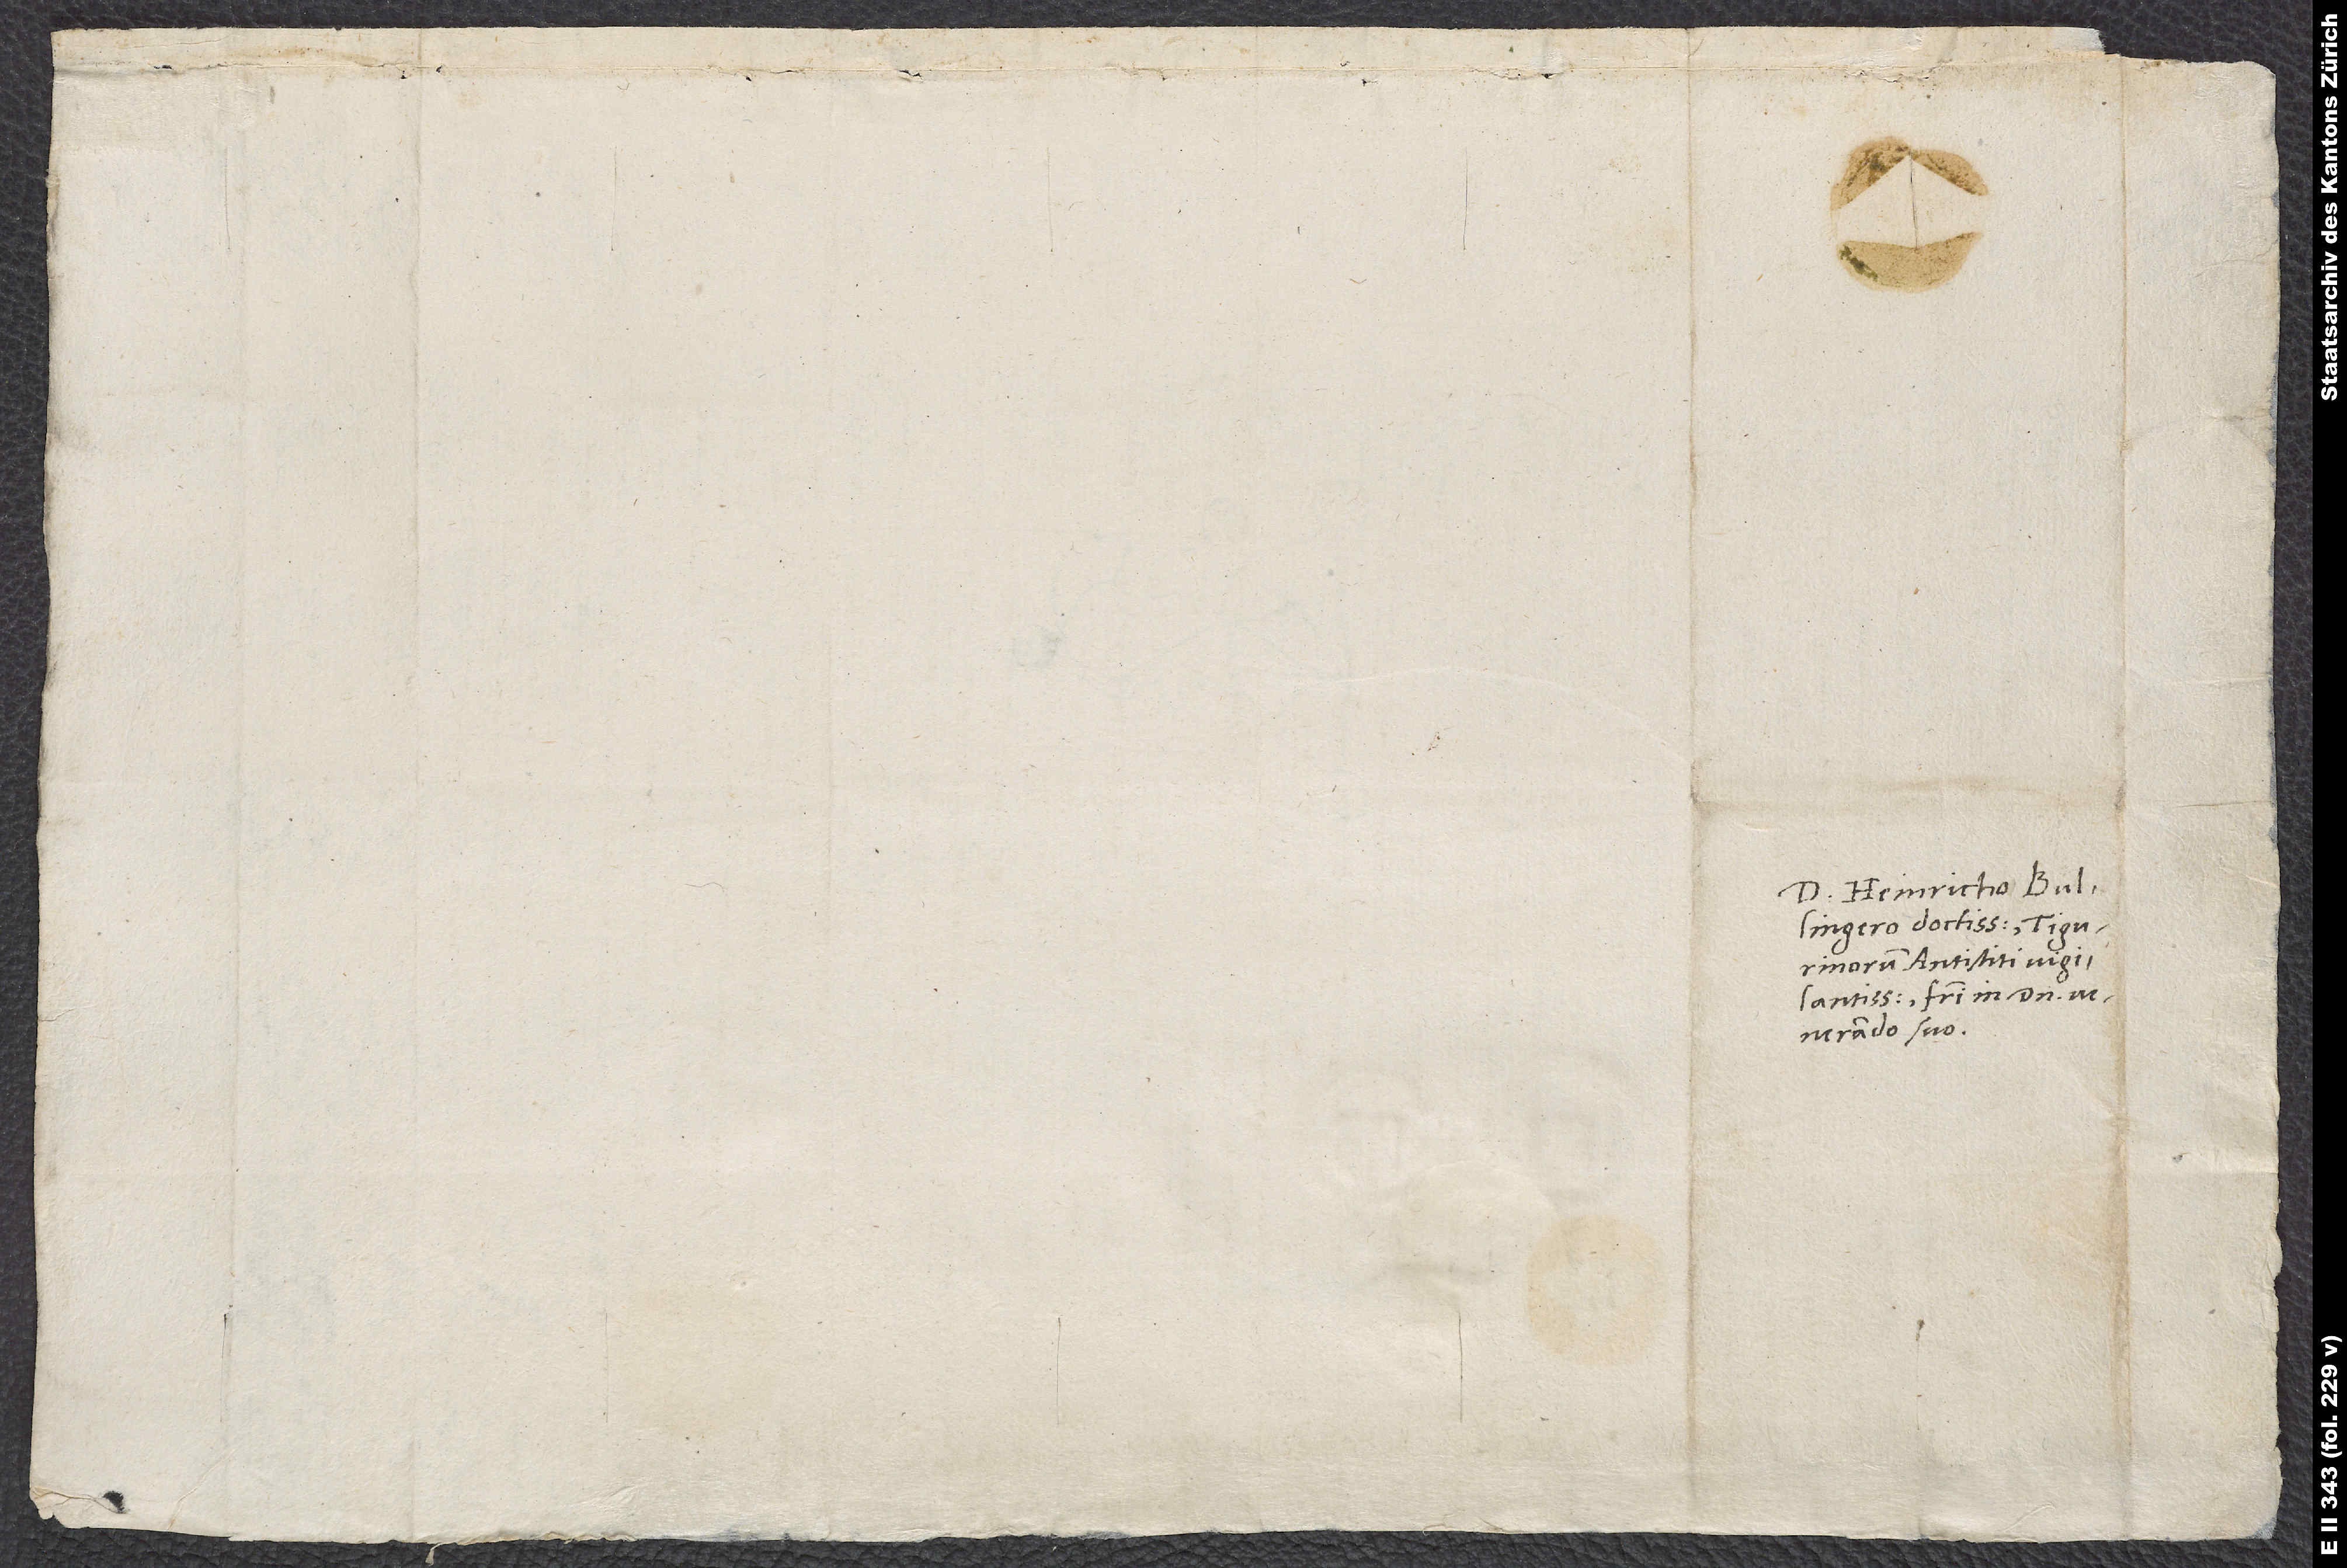
Domino Heinricho Bullingero
antistiti vigilantissimo,
venerando suo.